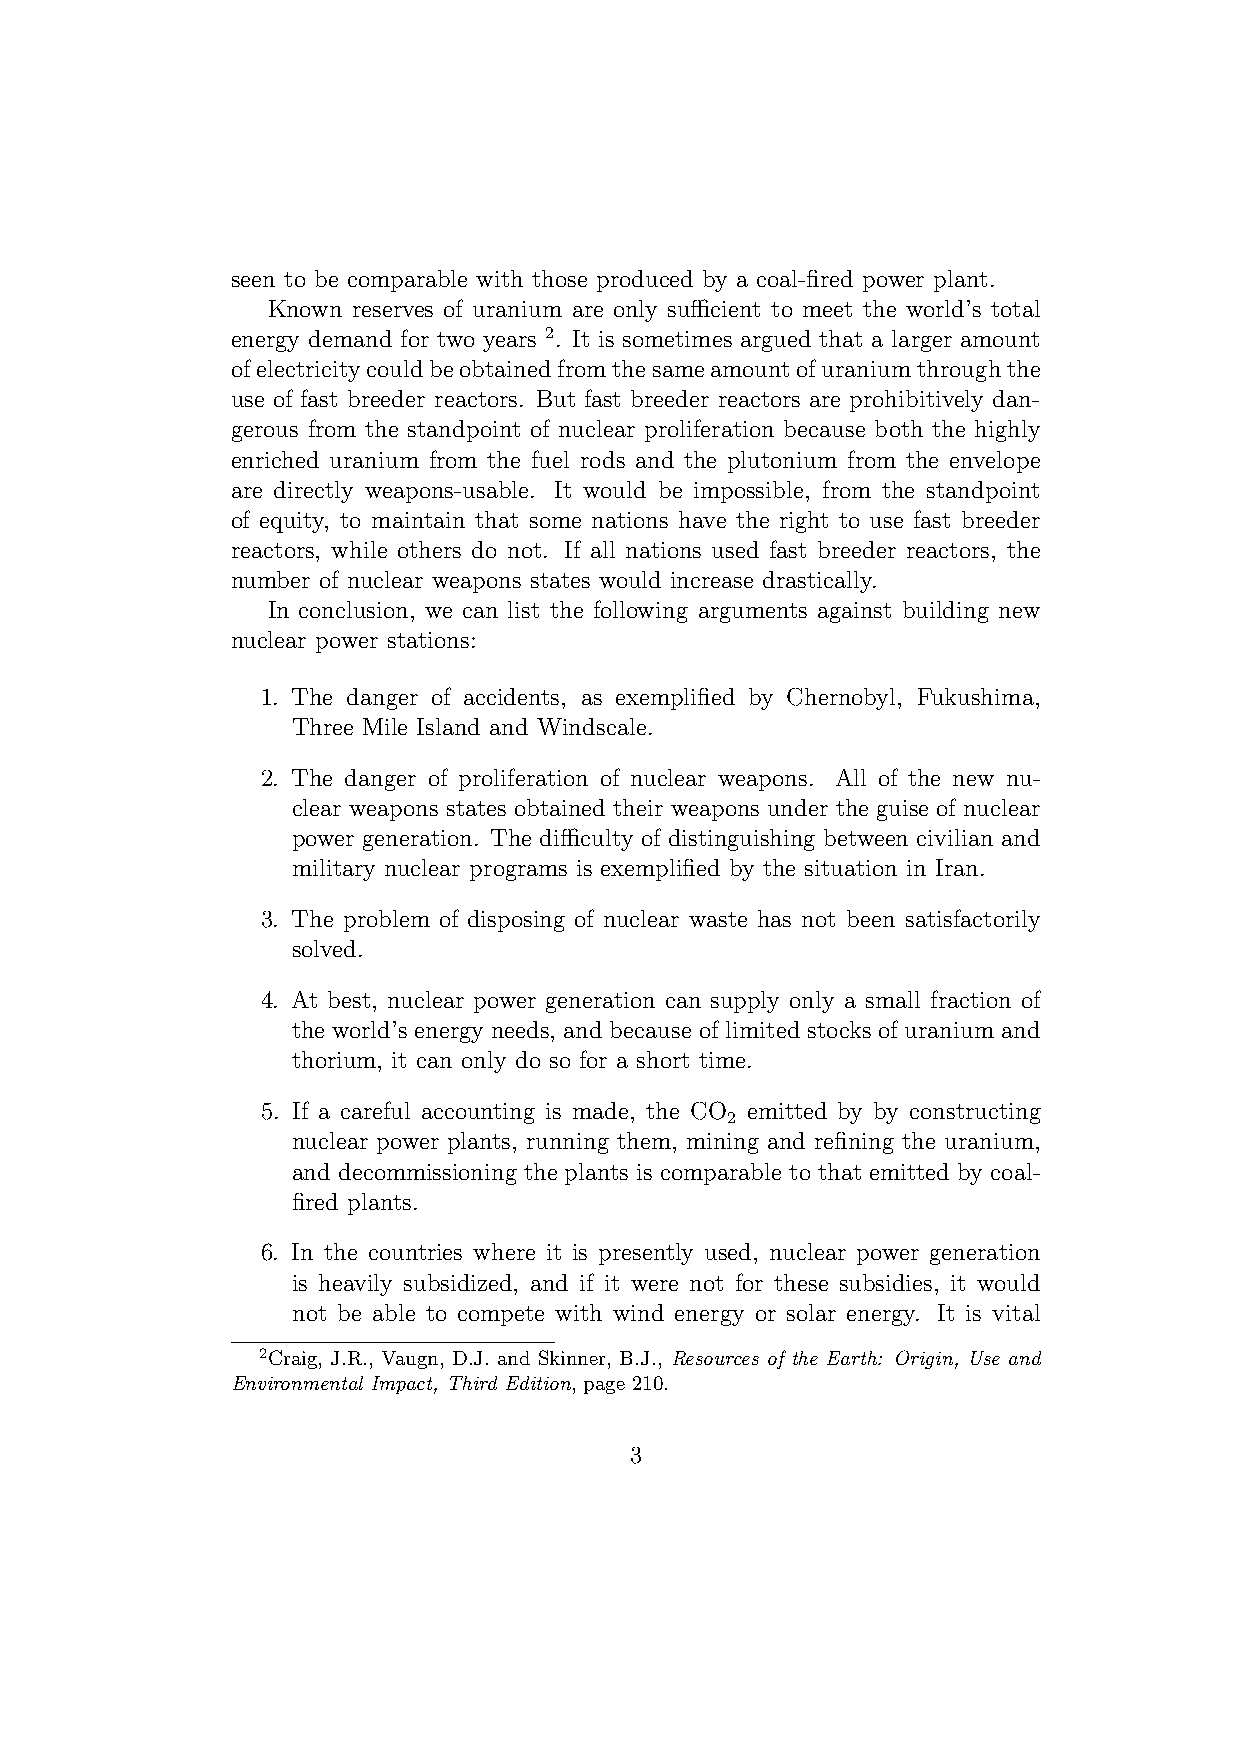
seen to be comparable with those produced by a coal-fired power plant.
 Known reserves of uranium are only sufficient to meet the world’s total
 energy demand for two years 2. It is sometimes argued that a larger amount
 ofelectricitycouldbeobtainedfromthesameamountofuraniumthroughthe
 use of fast breeder reactors. But fast breeder reactors are prohibitively dan-
 gerous from the standpoint of nuclear proliferation because both the highly
 enriched uranium from the fuel rods and the plutonium from the envelope
 are directly weapons-usable. It would be impossible, from the standpoint
 of equity, to maintain that some nations have the right to use fast breeder
 reactors, while others do not. If all nations used fast breeder reactors, the
 number of nuclear weapons states would increase drastically.
 In conclusion, we can list the following arguments against building new
 nuclear power stations:
 1. The danger of accidents, as exemplified by Chernobyl, Fukushima,
 Three Mile Island and Windscale.
 2. The danger of proliferation of nuclear weapons. All of the new nu-
 clear weapons states obtained their weapons under the guise of nuclear
 power generation. The difficulty of distinguishing between civilian and
 military nuclear programs is exemplified by the situation in Iran.
 3. The problem of disposing of nuclear waste has not been satisfactorily
 solved.
 4. At best, nuclear power generation can supply only a small fraction of
 the world’s energy needs, and because of limited stocks of uranium and
 thorium, it can only do so for a short time.
 5. If a careful accounting is made, the CO emitted by by constructing
 2
 nuclear power plants, running them, mining and refining the uranium,
 and decommissioning the plants is comparable to that emitted by coal-
 fired plants.
 6. In the countries where it is presently used, nuclear power generation
 is heavily subsidized, and if it were not for these subsidies, it would
 not be able to compete with wind energy or solar energy. It is vital
 2Craig, J.R., Vaugn, D.J. and Skinner, B.J., Resources of the Earth: Origin, Use and
 Environmental Impact, Third Edition, page 210.
 3